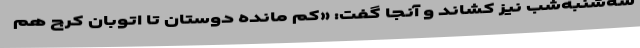
سه‌شنبه‌شب نیز کشاند و آنجا گفت: «کم مانده دوستان تا اتوبان کرج هم